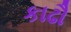
કાઢૌ